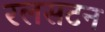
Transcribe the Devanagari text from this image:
रलसटन